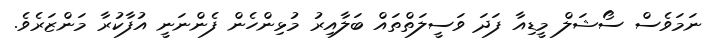
ނަމަވެސް ސޯޝަލް މީޑިއާ ފަދަ ވަސީލަތްތައް ބަލާއިރު މުޅިންހެން ފެންނަނީ އުފާކުރާ މަންޒަރެވެ.